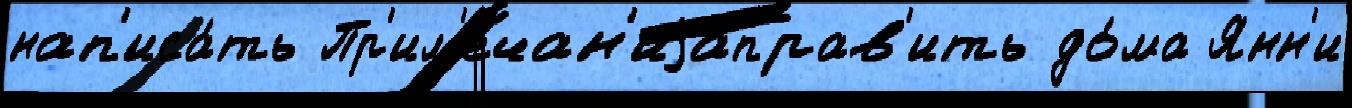
нап'иса́ть Пр'им'ечан'иjаправ'ить до́ма Янн'и